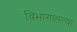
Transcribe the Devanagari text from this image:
विभागातल्या